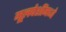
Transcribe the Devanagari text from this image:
मूलपेशींमध्ये